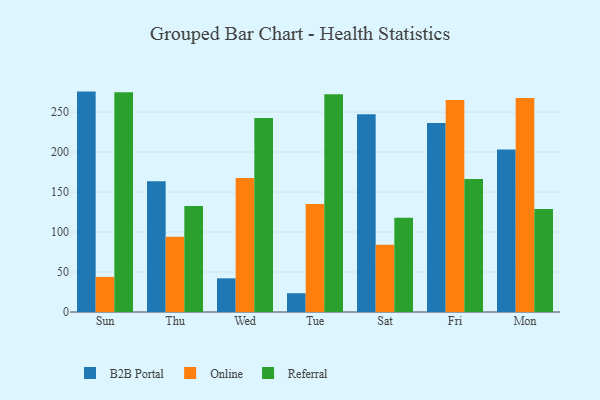
{"axis": {"x": "Day", "y": "Satisfaction Score"}, "legend": ["B2B Portal", "Online", "Referral"], "data": [{"x": "Sun", "y": 275.6, "type": "B2B Portal"}, {"x": "Sun", "y": 43.9, "type": "Online"}, {"x": "Sun", "y": 274.7, "type": "Referral"}, {"x": "Thu", "y": 163.5, "type": "B2B Portal"}, {"x": "Thu", "y": 94.2, "type": "Online"}, {"x": "Thu", "y": 132.7, "type": "Referral"}, {"x": "Wed", "y": 42.1, "type": "B2B Portal"}, {"x": "Wed", "y": 167.5, "type": "Online"}, {"x": "Wed", "y": 242.7, "type": "Referral"}, {"x": "Tue", "y": 23.5, "type": "B2B Portal"}, {"x": "Tue", "y": 135.0, "type": "Online"}, {"x": "Tue", "y": 272.4, "type": "Referral"}, {"x": "Sat", "y": 247.4, "type": "B2B Portal"}, {"x": "Sat", "y": 84.0, "type": "Online"}, {"x": "Sat", "y": 117.8, "type": "Referral"}, {"x": "Fri", "y": 236.4, "type": "B2B Portal"}, {"x": "Fri", "y": 265.2, "type": "Online"}, {"x": "Fri", "y": 166.4, "type": "Referral"}, {"x": "Mon", "y": 203.1, "type": "B2B Portal"}, {"x": "Mon", "y": 267.7, "type": "Online"}, {"x": "Mon", "y": 128.7, "type": "Referral"}]}